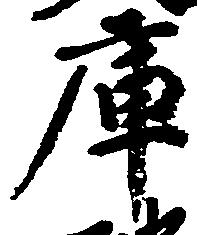
庫